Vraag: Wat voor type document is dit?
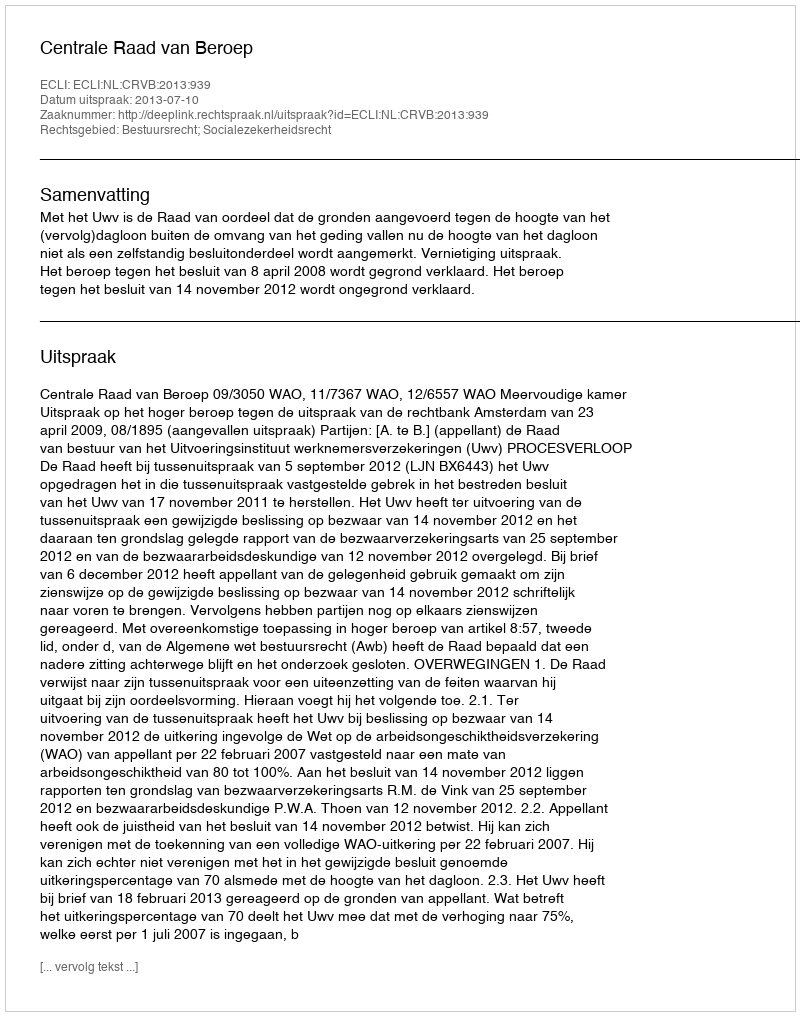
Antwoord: Uitspraak